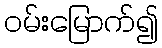
ဝမ်းမြောက်၍